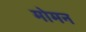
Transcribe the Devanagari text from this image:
मोमन